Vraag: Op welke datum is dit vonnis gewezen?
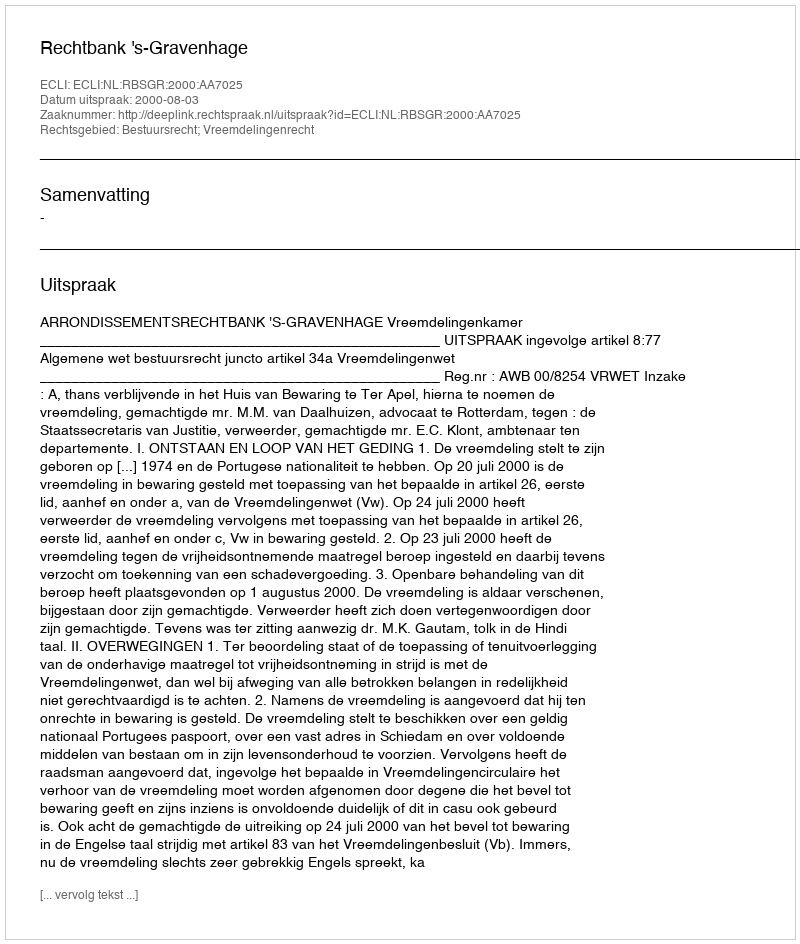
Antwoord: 2000-08-03